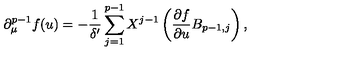
\partial _ { \mu } ^ { p - 1 } f ( u ) = - \frac { 1 } { \delta ^ { \prime } } \sum _ { j = 1 } ^ { p - 1 } X ^ { j - 1 } \left( \frac { \partial f } { \partial u } B _ { p - 1 , j } \right) ,